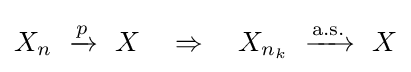
X_{n}\ \xrightarrow {\overset {}{p}} \ X\quad \Rightarrow \quad X_{n_{k}}\ \xrightarrow {\text{a.s.}} \ X